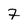
Character: 7